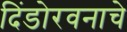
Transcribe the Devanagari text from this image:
दिंडोरवनाचे